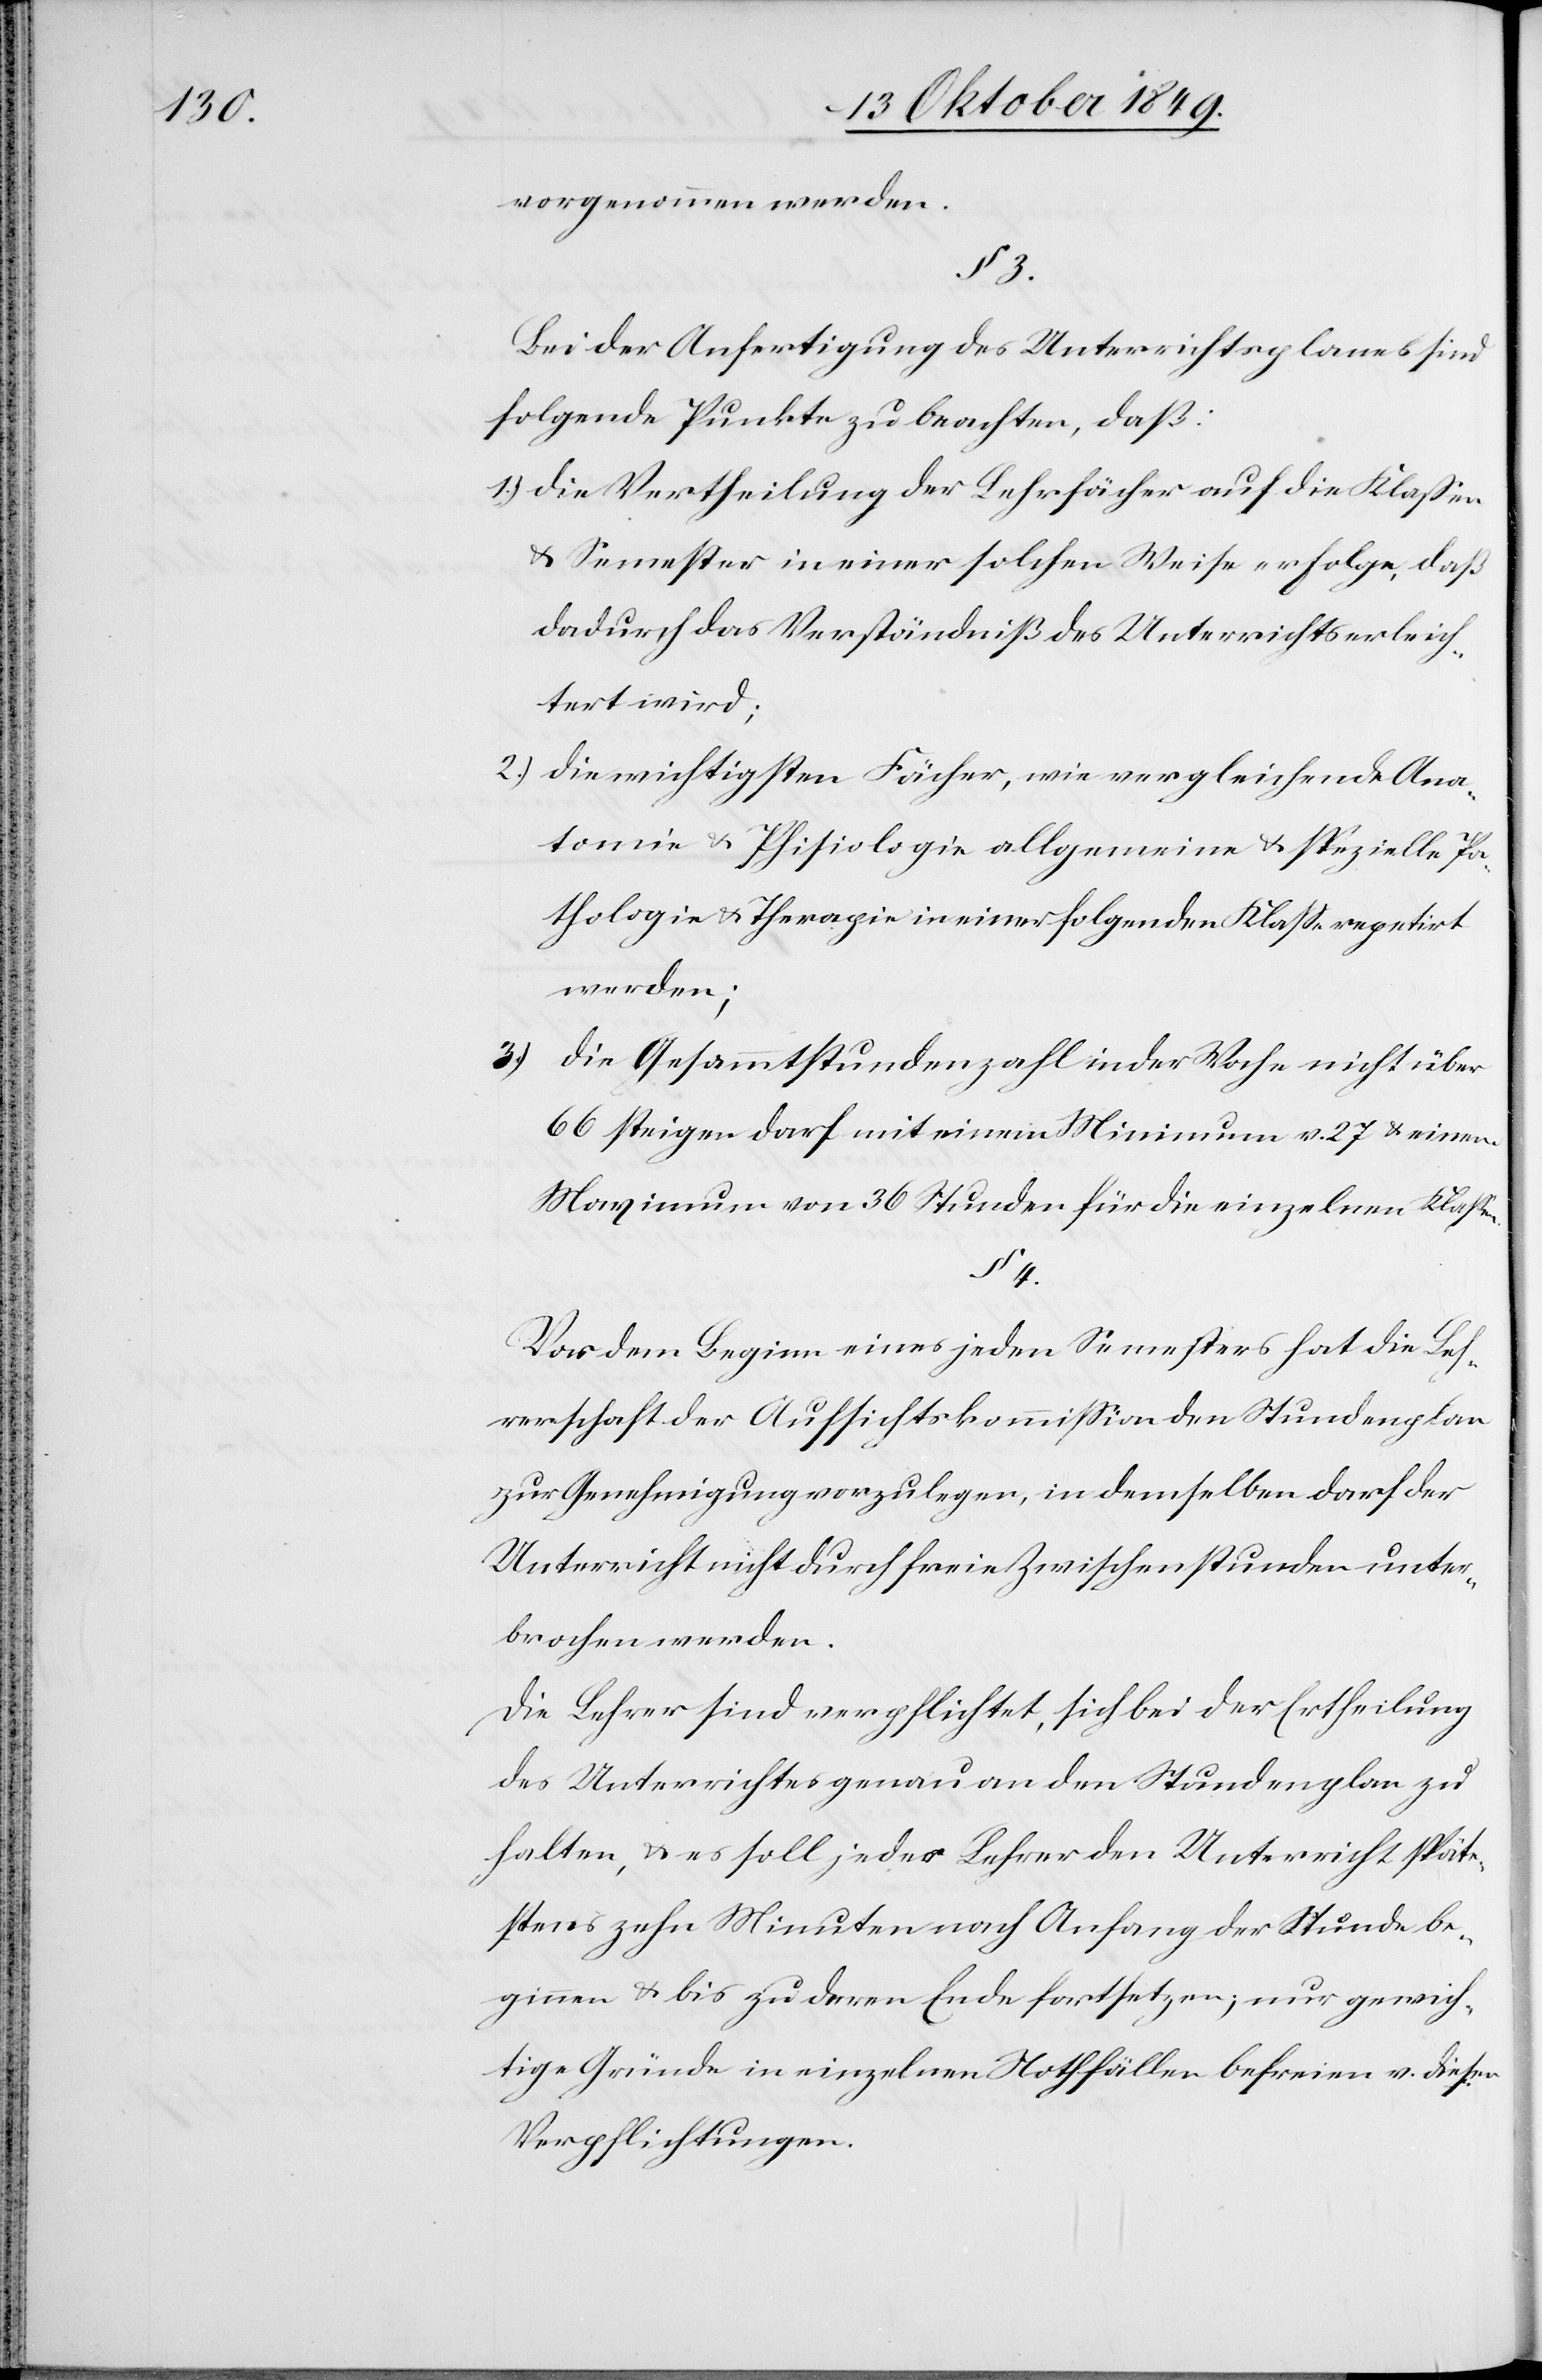
vorgenommen werden.
§ 3.
Bei der Anfertigung des Unterrichtsplanes sind
folgende Punkte zu beachten, daß:
1.) die Vertheilung der Lehrfächer auf die Klaßen
u. Semester in einer solchen Weise erfolge, daß
dadurch das Verständniß des Unterrichts erleich¬
tert wird;
2.) die wichtigsten Fächer, wie vergleichende Ana¬
tomie u. Phisiologie allgemeine u. spezielle Pa¬
thologie u. Theologie in einer folgenden Klaße repetirt
werden;
3.) die Gesammtstundenzahl in der Woche nicht über
66 steigen darf mit einem Minimum v. 27 u. einem
Maximum von 36 Stunden für die einzelnen Klaßen.
§ 4.
Vor dem Beginn eines jeden Semesters hat die Leh¬
rerschaft der Aufsichtskommißion den Stundenplan
zur Genehmigung vorzulegen, in demselben darf der
Unterricht nicht durch freie Zwischenstunden unter¬
brochen werden.
Die Lehrer sind verpflichtet, sich bei der Ertheilung
des Unterrichtes genau an den Stundenplan zu
halten, u. es soll, jeder Lehrer den Unterricht späte¬
stens zehn Minuten nach Anfang der Stunde be¬
ginnen u. bis zu deren Ende fortsetzen; nur gewich¬
tige Gründe in einzelnen Nothfällen befreien v. diesen
Verpflichtungen.